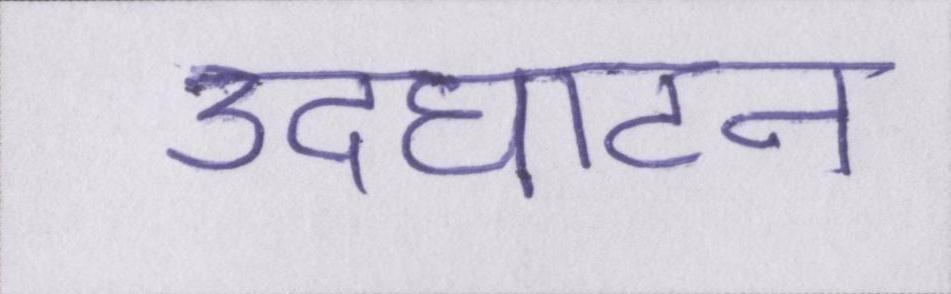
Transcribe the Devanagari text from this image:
उदघाटन